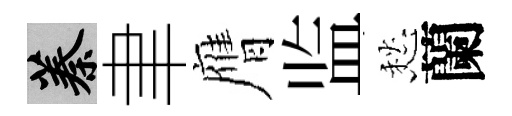
蓁聿膺监愁蘭